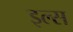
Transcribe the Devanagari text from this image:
इल्स